Report of the Municipal Commissioner on the plague in Bombay for the year ending 31st May... - Volume 1
Disease focus: Plague
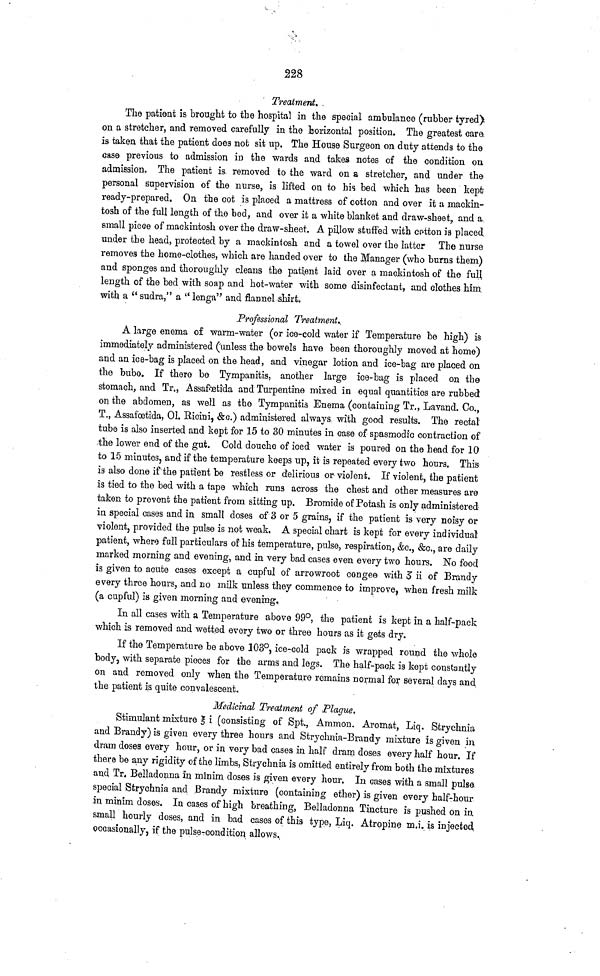
228
Treatment.
The patient is brought to the hospital in the special ambulance (rubber tyred)
on a stretcher, and removed carefully in the horizontal position. The greatest care
is taken that the patient does not sit up. The House Surgeon on duty attends to the
case previous to admission in the wards and takes notes of the condition on
admission. The patient is. removed to the ward on a stretcher, and under the
personal supervision of the nurse, is lifted on to his bed which has been kept
ready-prepared. On the cot is placed a mattress of cotton and over it a mackin-
tosh of the full length of the bed, and over it a white blanket and draw-sheet, and a
small piece of mackintosh over the draw-sheet. A pillow stuffed with cotton is placed
under the head, protected by a mackintosh and a towel over the latter The nurse
removes the home-clothes, which are handed over to the Manager (who burns them)
and sponges and thoroughly cleans the patient laid over a mackintosh of the full
length of the bed with soap and hot-water with some disinfectant, and clothes him
with a "sudra," a "lenga" and flannel shirt.
Professional Treatment..
A large enema of warm-water (or ice-cold water if Temperature be high) is
immediately administered (unless the- bowels have been thoroughly moved at home)
and an ice-bag is placed on the head, and vinegar lotion and ice-bag are placed on
the bubo. If there be Tympanitis, another large ice-bag is placed on the
stomach, and Tr., Assaftetida and Turpentine mixed in equal quantities are rubbed
on the abdomen, as well as the Tympanitis Enema (containing Tr., Lavand. Co.,
T., Assafœtida, Ol. Ricini, &c.) administered always with good results. The rectal
tube is also inserted and kept for 15 to 30 minutes in case of spasmodic contraction of
the lower end of the gut. Cold douche of iced water is poured on the head for 10
to 15 minutes, and if the temperature keeps up, it is repeated every two hours. This
is also done if the patient be restless or delirious or violent. If violent, the patient
is tied to the bed with a tape which runs across the chest and other measures are
taken to prevent the patient from sitting up. Bromide of Potash is only administered
in special cases and in small doses of 3 or 5 grains, if the patient is very noisy or
violent, provided the pulse is not weak. A special chart is kept for every individual
patient, where full particulars of his temperature, pulse, respiration, &c., &c., are daily
marked morning and evening, and in very bad cases even every two hours. No food
is given to acute cases except a cupful of arrowroot congee with 3 ii of Brandy
every three hours, and no milk unless they commence to improve, when fresh milk
(a cupful) is given morning and evening.
In all cases with a Temperature above 99°, the patient is kept in a half-pack
which is removed and wetted every two or three hours as it gets dry.
If the Temperature be above 103°, ice-cold pack is wrapped round the whole
body, with separate pieces for the arms and legs. The half-pack is kept constantly
on and removed only when the Temperature remains normal for several days and
the patient is quite convalescent.
Medicinal Treatment of Plague.
Stimulant mixture /ill i (consisting of Spt., Ammon. Aromat, Liq. Strychnia
and Brandy) is given every three hours and Strychnia-Brandy mixture is given in
dram doses every hour, or in very bad cases in half dram doses every half hour. If
there be any rigidity of the limbs, Strychnia is omitted entirely from both the mixtures
and Tr. Belladonna in minim doses is given every hour. In cases with a small pulse
special Strychnia and Brandy mixture (containing ether) is given every half-hour
in minim doses. In cases of high breathing, Belladonna Tincture is pushed on in
small hourly doses, and in bad cases of this type, Liq. Atropine m.i. is injected
occasionally, if the pulse-condition allows.